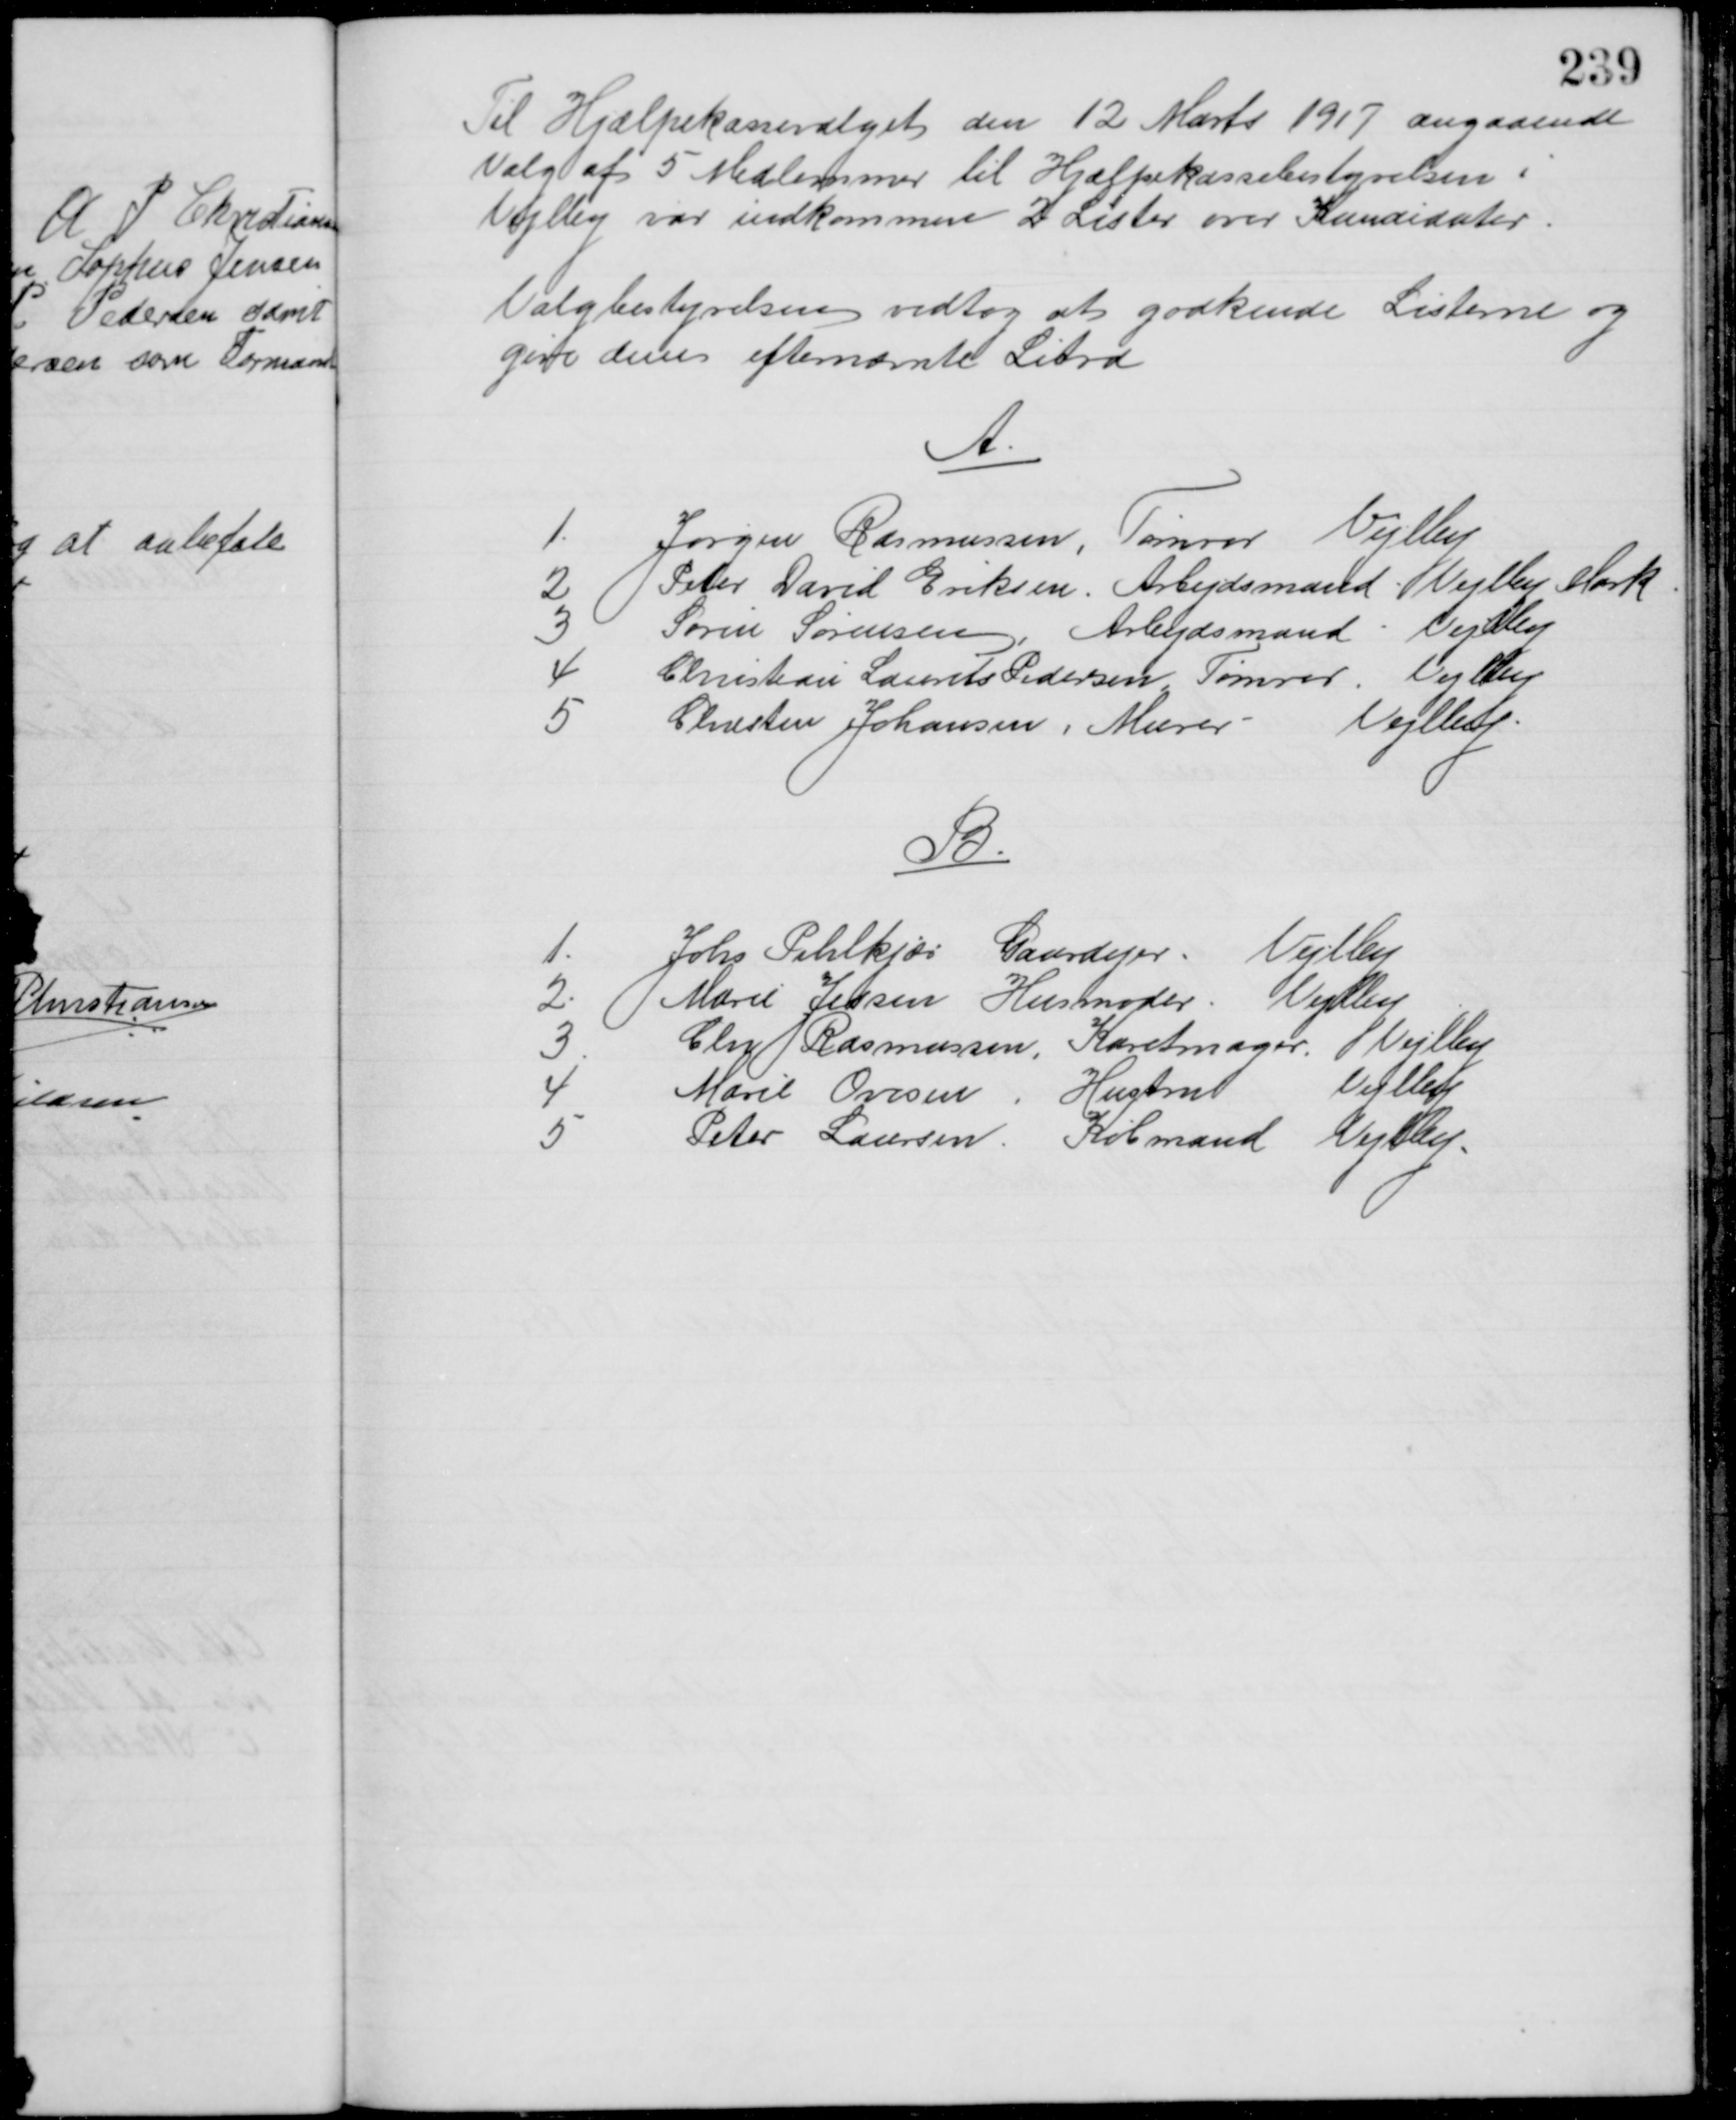
Transskription:
Til Hjælpekassevalget den 12 Marts 1917 angaaende
Valg af 5 Medlemmer til Hjælpekassebestyrelsen i
Vejlby var indkommen 2 Lister over Kandidater.
Valgbestyrelsen vedtog at godkende Listerne og 
give dem efternævnte Litra
A.
1
Jørgen Rasmussen, Tømrer Vejlby
2
Peter David Eriksen. Arbejdsmand Vejlby Mark
3
Søren Sørensen Arbejdsmand Vejlby
4
Christian Laurits Pedersen, Tømrer Vejlby
5
Chresten Johansen, Murer Vejlby.
B
1
Johs. Pihlkjær Gaardejer Vejlby
2
Marie Jessen Husmoder Vejlby
3
Chr Rasmussen, Karetmager. Vejlby
4
Marie Ovesen, Hustru Vejlby
5
Peter Laursen Købmand Vejlby